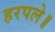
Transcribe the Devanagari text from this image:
हरपले॥